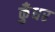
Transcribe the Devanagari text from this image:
कुँधर